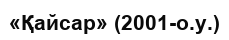
«Қайсар» (2001-о.у.)